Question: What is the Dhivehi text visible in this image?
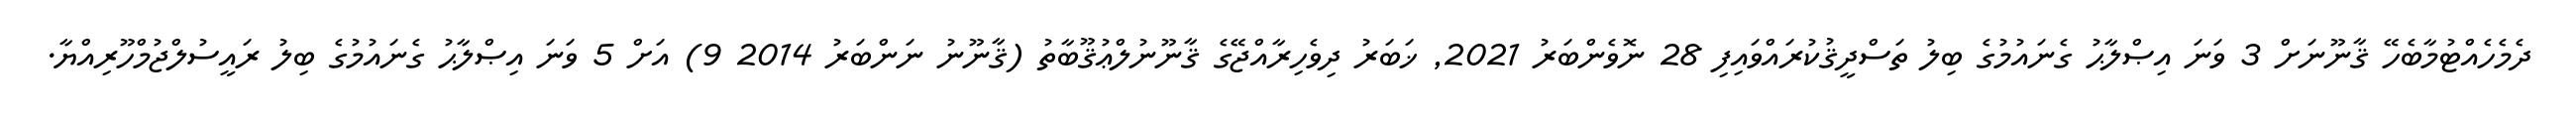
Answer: ދެމެހެއްޓުމާބެހޭ ޤާނޫނަށް 3 ވަނަ އިޞްލާޙު ގެނައުމުގެ ބިލު ތަސްދީޤުކުރައްވައިފި 28 ނޮވެންބަރު 2021, ޚަބަރު ދިވެހިރާއްޖޭގެ ޤާނޫނުލްޢުޤޫބާތު (ޤާނޫނު ނަންބަރު 2014 9) އަށް 5 ވަނަ އިޞްލާޙު ގެނައުމުގެ ބިލު ރައީސުލްޖުމްހޫރިއްޔާ.